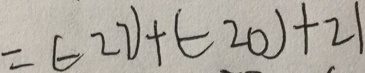
= ( - 2 7 ) + ( - 2 0 ) + 2 1